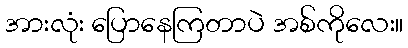
အားလုံး ပြောနေကြတာပဲ အစ်ကိုလေး။